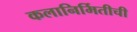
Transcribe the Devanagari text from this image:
कलानिर्मितीची